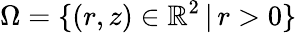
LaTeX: \Omega=\{ (r,z)\in\mathbb{R}^{2}\, |\, r>0\}